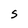
Character: s